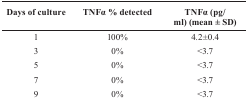
<table><thead><tr><td><b>Days of culture</b></td><td><b>TNFα % detected</b></td><td><b>TNFα (pg/ml) (mean ± SD)</b></td></tr></thead><tbody><tr><td>1</td><td>100%</td><td>4.2±0.4</td></tr><tr><td>3</td><td>0%</td><td>&lt;3.7</td></tr><tr><td>5</td><td>0%</td><td>&lt;3.7</td></tr><tr><td>7</td><td>0%</td><td>&lt;3.7</td></tr><tr><td>9</td><td>0%</td><td>&lt;3.7</td></tr></tbody></table>